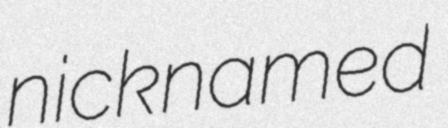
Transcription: nicknamed